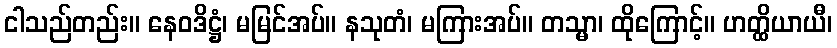
ငါသည်တည်း။ နေဝဒိဋ္ဌံ၊ မမြင်အပ်။ နသုတံ၊ မကြားအပ်။ တသ္မာ၊ ထိုကြောင့်။ ဟတ္ထိယာယီ၊